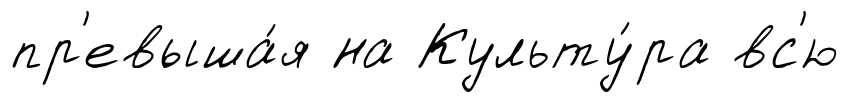
пр'евыша́я на Культу́ра вс'ю